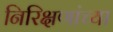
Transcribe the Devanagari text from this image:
निरिक्षणांच्या